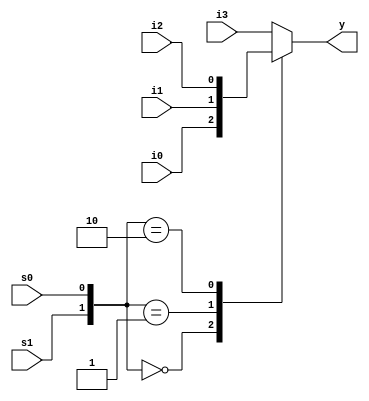
module mux4to1(
    input i0,i1,i2,i3,s0,s1,
    output reg y
    );
always @(i0,i1,i2,i3,s0,s1)
begin

case({s1,s0})
2'b00 : y=i0;
2'b01 : y=i1;
2'b10 : y=i2;
//2'b11 : y=i3;
default: y=i3;
endcase

end

endmodule